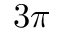
3 \pi